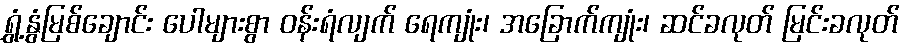
ရွှံ့နွံမြစ်ချောင်း ပေါများစွာ ဝန်းရံလျက် ရေကျုံး၊ အခြောက်ကျုံး၊ ဆင်ခလုတ် မြင်းခလုတ်